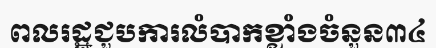
ពលរដ្ឋជួបការលំបាកខ្លាំងចំនួន៣៤